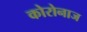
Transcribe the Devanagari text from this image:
कोरोनाज